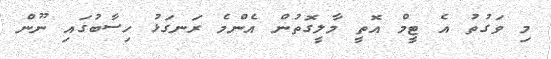
މި ވަގުތު އެ ޓީމް އޮތީ މާލީގޮތުން އެންމެ ރަނގަޅު ހިސާބުގައި ނޫން